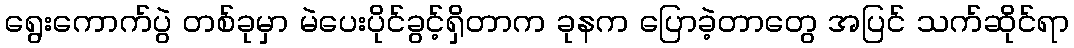
ရွေးကောက်ပွဲ တစ်ခုမှာ မဲပေးပိုင်ခွင့်ရှိတာက ခုနက ပြောခဲ့တာတွေ အပြင် သက်ဆိုင်ရာ